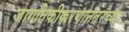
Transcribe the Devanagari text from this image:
जागतिकीकरणानंतरच्या